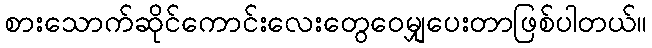
စားသောက်ဆိုင်ကောင်းလေးတွေဝေမျှပေးတာဖြစ်ပါတယ်။